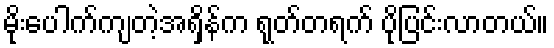
မိုးပေါက်ကျတဲ့အရှိန်က ရုတ်တရက် ပိုပြင်းလာတယ်။